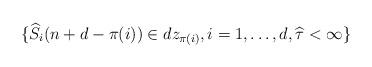
LaTeX: \begin{align*} \{\widehat S_i(n+d-\pi(i))\in dz_{\pi(i)}, i=1,\ldots, d, \widehat \tau<\infty\} \end{align*}